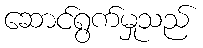
ဆောင်ရွက်မှုသည်